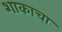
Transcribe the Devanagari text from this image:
शाकाचा